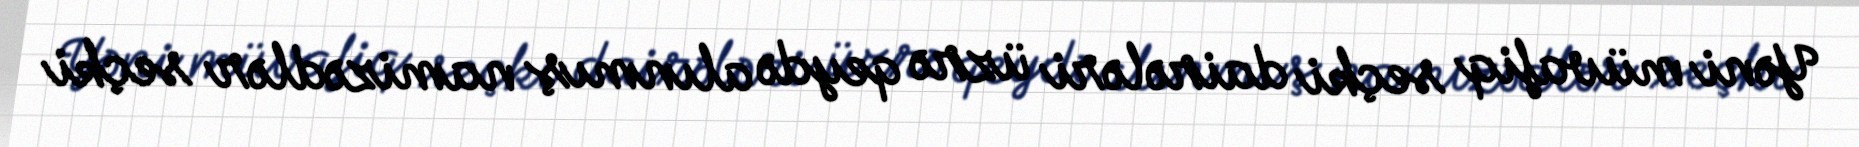
Yəni müvafiq seçki dairələri üzrə qeydə alınmış namizədlər seçki